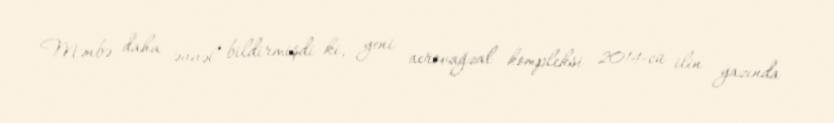
Mənbə daha əvvəl bildirmişdi ki, yeni aerovağzal kompleksi 2014-cü ilin yazında